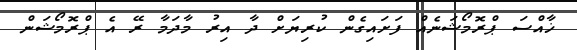
ޚާއްސަ ޕްރޮމޯޝަނެއް ފަށައިގެން ކުރިޔަށް ދާ އިރު މާދަމާ ރޭ އެ ޕްރޮމޯޝަން